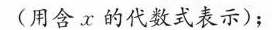
(用含x的代数式表示)；